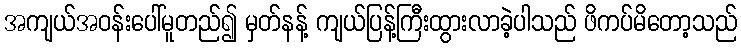
အကျယ်အဝန်းပေါ်မူတည်၍ မှတ်နန့် ကျယ်ပြန့်ကြီးထွားလာခဲ့ပါသည် ဖိကပ်မိတော့သည်